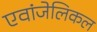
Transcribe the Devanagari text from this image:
एवांजेलिकल